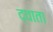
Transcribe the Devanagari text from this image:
द्वाता